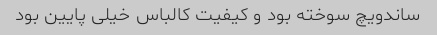
ساندویچ سوخته بود و کیفیت کالباس خیلی پایین بود